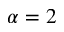
\alpha = 2